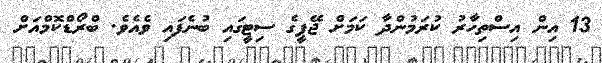
13 އިން އިސްތިހާރު ކުރަމުންދާ ކަމަށް ޖޭޕީގެ ސިޓީގައި ބުނެފައި ވެއެވެ. ބްރޯޑްކޮމްއަށް